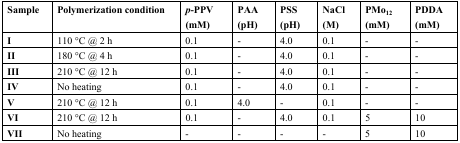
<table><thead><tr><td><b>Sample</b></td><td><b>Polymerization condition</b></td><td><b><i>p-</i>PPV (mM)</b></td><td><b>PAA (pH)</b></td><td><b>PSS (pH)</b></td><td><b>NaCl (M)</b></td><td><b>PMo<sub>12</sub> (mM)</b></td><td><b>PDDA (mM)</b></td></tr></thead><tbody><tr><td><b>I</b></td><td>110 °C @ 2 h</td><td>0.1</td><td>-</td><td>4.0</td><td>0.1</td><td>-</td><td>-</td></tr><tr><td><b>II</b></td><td>180 °C @ 4 h</td><td>0.1</td><td>-</td><td>4.0</td><td>0.1</td><td>-</td><td>-</td></tr><tr><td><b>III</b></td><td>210 °C @ 12 h</td><td>0.1</td><td>-</td><td>4.0</td><td>0.1</td><td>-</td><td>-</td></tr><tr><td><b>IV</b></td><td>No heating</td><td>0.1</td><td>-</td><td>4.0</td><td>0.1</td><td>-</td><td>-</td></tr><tr><td><b>V</b></td><td>210 °C @ 12 h</td><td>0.1</td><td>4.0</td><td>-</td><td>0.1</td><td>-</td><td>-</td></tr><tr><td><b>VI</b></td><td>210 °C @ 12 h</td><td>0.1</td><td>-</td><td>4.0</td><td>0.1</td><td>5</td><td>10</td></tr><tr><td><b>VII</b></td><td>No heating</td><td>-</td><td>-</td><td>-</td><td>-</td><td>5</td><td>10</td></tr></tbody></table>